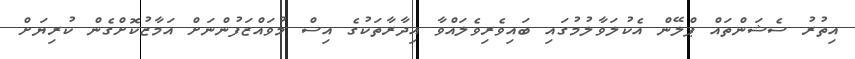
އިތުރު ސެޝަންތައް ޕްލޭން އެކުލަވާލުމުގައި ބައިވެރިވެލައްވާ އިދާރާތަކުގެ އިސް މުވައްޒަފުންނަށް އަމާޒުކޮށްގެން ކުރިޔަށް